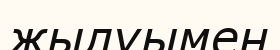
жылуымен